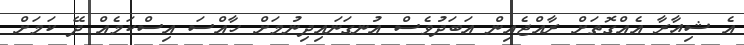
އެ ޝިއާރާ އެއްގޮތަށް ރާއްޖެއިން އަބަދުވެސް އުނގަނައިދިނުމަށް ހާއްސަ އިސްކަމެއް ދޭ ކަމަށް